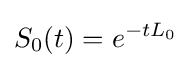
S_{0}(t)=e^{-tL_{0}}